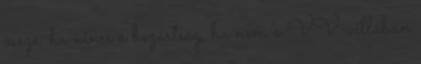
össze, ha nincs a bezártság, ha nem a VV-villában